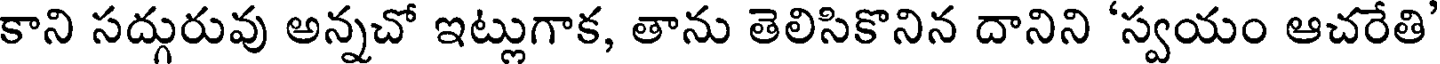
కాని సద్గురువు అన్నచో ఇట్లుగాక, తాను తెలిసికొనిన దానిని 'స్వయం ఆచరేతి